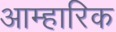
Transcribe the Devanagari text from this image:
आम्हारिक